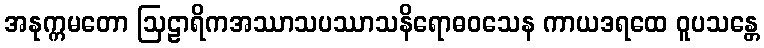
အနုက္ကမတော ဩဠာရိကအဿာသပဿာသနိရောဓဝသေန ကာယဒရထေ ဝူပသန္တေ